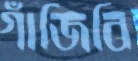
গাঁজিবি